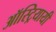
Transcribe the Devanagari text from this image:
ऑस्ट्रियायी